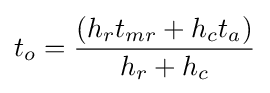
t_{o}={\frac {(h_{r}t_{mr}+h_{c}t_{a})}{h_{r}+h_{c}}}